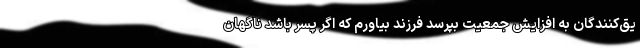
یق‌کنندگان به افزایش جمعیت بپرسد فرزند بیاورم که اگر پسر باشد ناگهان